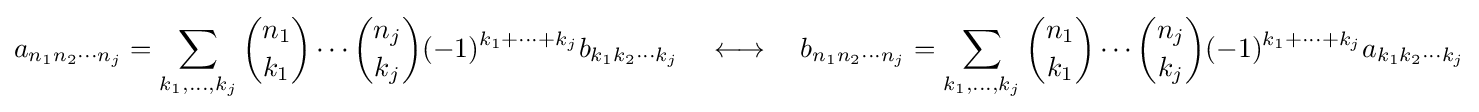
a_{n_{1}n_{2}\cdots n_{j}}=\sum _{k_{1},\ldots ,k_{j}}{\binom {n_{1}}{k_{1}}}\cdots {\binom {n_{j}}{k_{j}}}(-1)^{k_{1}+\cdots +k_{j}}b_{k_{1}k_{2}\cdots k_{j}}\quad \longleftrightarrow \quad b_{n_{1}n_{2}\cdots n_{j}}=\sum _{k_{1},\ldots ,k_{j}}{\binom {n_{1}}{k_{1}}}\cdots {\binom {n_{j}}{k_{j}}}(-1)^{k_{1}+\cdots +k_{j}}a_{k_{1}k_{2}\cdots k_{j}}